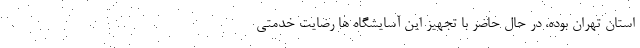
استان تهران بوده، در حال حاضر با تجهیز این آسایشگاه ها رضایت خدمتی